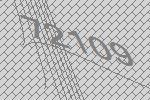
72109